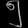
Digit: ၅